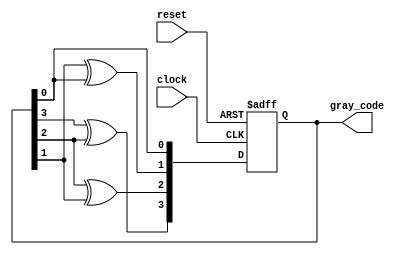
module gray_counter (
    input wire clock,
    input wire reset,
    output reg [3:0] gray_code
);

reg [3:0] gray_code_next;
reg [3:0] gray_code_reg;

always @(posedge clock or posedge reset) begin
    if (reset) begin
        gray_code_reg <= 4'b0;
    end else begin
        gray_code_reg <= gray_code_next;
    end
end

always @(*) begin
    gray_code_next[3] = gray_code_reg[3] ^ gray_code_reg[2];
    gray_code_next[2] = gray_code_reg[2] ^ gray_code_reg[1];
    gray_code_next[1] = gray_code_reg[1] ^ gray_code_reg[0];
    gray_code_next[0] = gray_code_reg[0];
end

assign gray_code = gray_code_reg;

endmodule